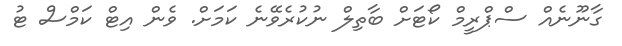
ގާނޫނެއް ސްޕްރީމް ކޯޓަށް ބާތިލް ނުކުރެވޭނެ ކަމަށް. ވެން އިޓް ކަމްސް ޓު